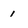
Character: i